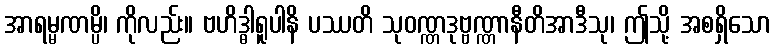
အာရမ္မဏမ္ပိ၊ ကိုလည်း။ ဗဟိဒ္ဓါရူပါနိ ပဿတိ သုဝဏ္ဏဒုဗ္ဗဏ္ဏာနီတိအာဒီသု၊ ဤသို့ အစရှိသော